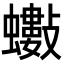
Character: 𧔅